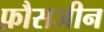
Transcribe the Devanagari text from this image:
फ़ौसजीन